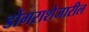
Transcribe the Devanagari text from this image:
डोंगराशेजारील